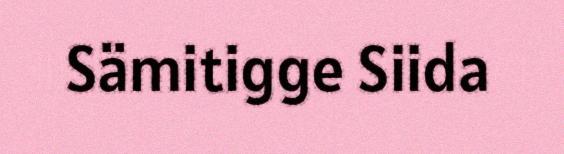
Sämitigge Siida